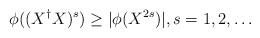
LaTeX: \begin{align*} \phi((X^\dagger X)^s) \ge | \phi(X^{2s}) |, s=1,2,\dots \end{align*}